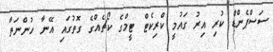
ސަސްޕެންޑް ކުރި އިރު ގައުމީ ކްރިކެޓް ޓީމްގެ ކޯޗެއްގެ ގޮތުގައި އޭނާ ހުންނަތާ